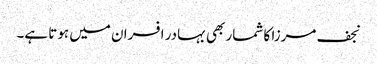
نجف مرزا کا شمار بھی بہادر افسران میں ہوتا ہے۔